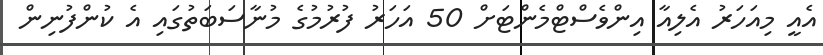
އެއީ މިއަހަރު އެލިއާ އިންވެސްޓްމެންޓަށް 50 އަހަރު ފުރުމުގެ މުނާސަބަތުގައި އެ ކުންފުނިން